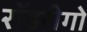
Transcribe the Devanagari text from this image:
रॉडरीगो